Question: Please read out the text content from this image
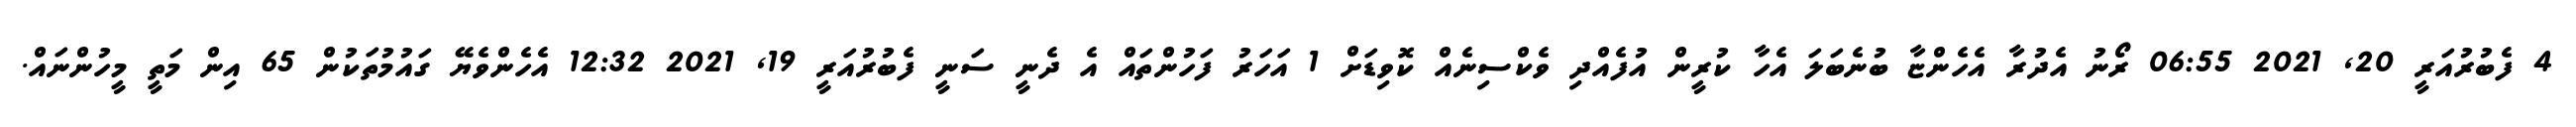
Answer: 4 ފެބުރުއަރީ 20, 2021 06:55 ރޯނު އެދުރާ އެހެންޏާ ބުނެބަލަ އެހާ ކުރީން އުފެއްދި ވެކްސިނެއް ކޮވިޑަށް 1 އަހަރު ފަހުންތައް އެ ދެނީ ސަނީ ފެބުރުއަރީ 19, 2021 12:32 އެހެންވެޔޭ ގައުމުތަކުން 65 އިން މަތީ މީހުންނައް.